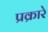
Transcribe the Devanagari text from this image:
प्रक्रारे